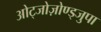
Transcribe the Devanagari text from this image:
ओट्जोज़ोण्ड्जुपा